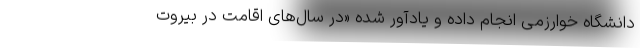
دانشگاه خوارزمی انجام داده و یادآور شده «در سال‌های اقامت در بیروت